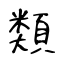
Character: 類